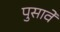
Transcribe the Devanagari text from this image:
पुसावें